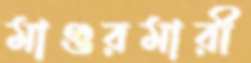
মাগুরমারী